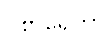
ဝိစာရေတွာ